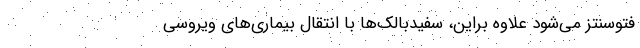
فتوسنتز می‌شود علاوه براین، سفیدبالک‌ها با انتقال بیماری‌های ویروسی